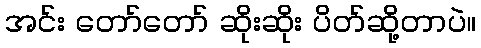
အင်း တော်တော် ဆိုးဆိုး ပိတ်ဆို့တာပဲ။